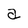
Character: a